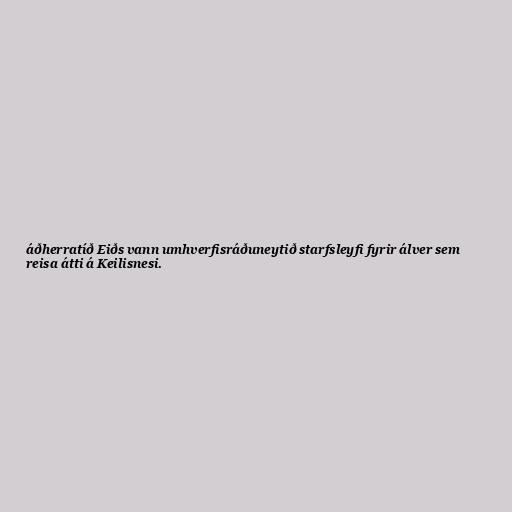
áðherratíð Eiðs vann umhverfisráðuneytið starfsleyfi fyrir álver sem
reisa átti á Keilisnesi.